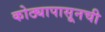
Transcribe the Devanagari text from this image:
कोठ्यापासूनची